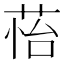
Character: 𦲀